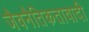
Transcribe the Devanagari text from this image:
जैवनैतिकतावादी